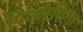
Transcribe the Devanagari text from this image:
गिअरविना